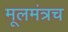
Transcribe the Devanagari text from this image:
मूलमंत्रच